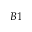
B 1